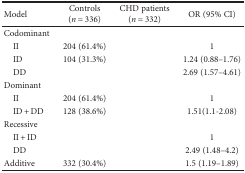
<table><thead><tr><td><b>Model</b></td><td><b>Controls(<i>n</i> = 336)</b></td><td><b>CHD patients(<i>n</i> = 332)</b></td><td><b>OR (95% CI)</b></td></tr></thead><tbody><tr><td>Codominant</td><td>[EMPTY_CELL]</td><td>[EMPTY_CELL]</td><td>[EMPTY_CELL]</td></tr><tr><td> II</td><td>204 (61.4%)</td><td>[EMPTY_CELL]</td><td>1</td></tr><tr><td> ID</td><td>104 (31.3%)</td><td>[EMPTY_CELL]</td><td>1.24 (0.88–1.76)</td></tr><tr><td> DD</td><td>[EMPTY_CELL]</td><td>[EMPTY_CELL]</td><td>2.69 (1.57–4.61)</td></tr><tr><td>Dominant</td><td>[EMPTY_CELL]</td><td>[EMPTY_CELL]</td><td>[EMPTY_CELL]</td></tr><tr><td> II</td><td>204 (61.4%)</td><td>[EMPTY_CELL]</td><td>1</td></tr><tr><td> ID + DD</td><td>128 (38.6%)</td><td>[EMPTY_CELL]</td><td>1.51(1.1-2.08)</td></tr><tr><td>Recessive</td><td>[EMPTY_CELL]</td><td>[EMPTY_CELL]</td><td>[EMPTY_CELL]</td></tr><tr><td> II + ID</td><td>[EMPTY_CELL]</td><td>[EMPTY_CELL]</td><td>1</td></tr><tr><td> DD</td><td>[EMPTY_CELL]</td><td>[EMPTY_CELL]</td><td>2.49 (1.48–4.2)</td></tr><tr><td>Additive</td><td>332 (30.4%)</td><td>[EMPTY_CELL]</td><td>1.5 (1.19–1.89)</td></tr></tbody></table>